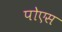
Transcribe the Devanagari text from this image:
पोएस